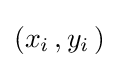
(x_{i}\,,y_{i}\,)